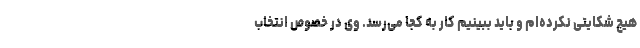
هیچ شکایتی نکرده‌ام و باید ببینیم کار به کجا می‌رسد. وی در خصوص انتخاب